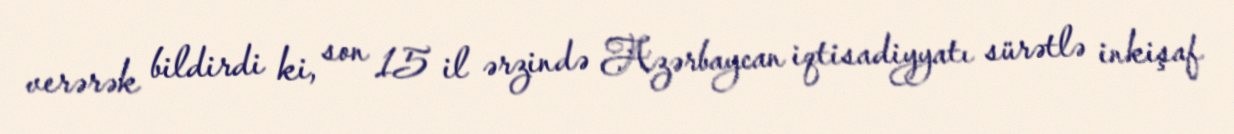
verərək bildirdi ki, son 15 il ərzində Azərbaycan iqtisadiyyatı sürətlə inkişaf